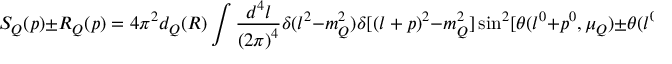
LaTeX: S _ { Q } ( p ) \pm R _ { Q } ( p ) = 4 \pi ^ { 2 } d _ { Q } ( R ) \int \frac { d ^ { 4 } l } { { ( 2 \pi ) } ^ { 4 } } \delta ( l ^ { 2 } - m _ { Q } ^ { 2 } ) \delta [ { ( l + p ) } ^ { 2 } - m _ { Q } ^ { 2 } ] \sin ^ { 2 } [ \theta ( l ^ { 0 } + p ^ { 0 } , \mu _ { Q } ) \pm \theta ( l ^ { 0 } , \mu _ { Q } ) ] \geq 0 .